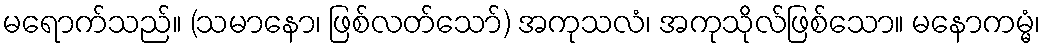
မရောက်သည်။ (သမာနော၊ ဖြစ်လတ်သော်) အကုသလံ၊ အကုသိုလ်ဖြစ်သော။ မနောကမ္မံ၊